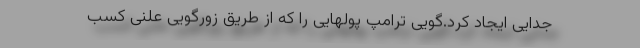
جدایی ایجاد کرد.گویی ترامپ پولهایی را که از طریق زورگویی علنی کسب